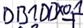
Text: DB1.DBX0.1